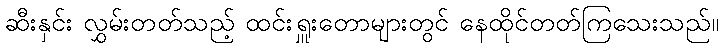
ဆီးနှင်း လွှမ်းတတ်သည့် ထင်းရှူးတောများတွင် နေထိုင်တတ်ကြသေးသည်။